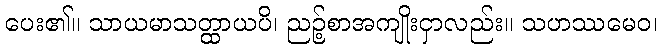
ပေး၏။ သာယမာသတ္ထာယပိ၊ ညဉ့်စာအကျိုးငှာလည်း။ သဟဿမေဝ၊